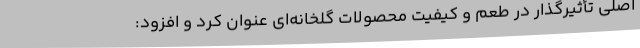
اصلی تأثیرگذار در طعم و کیفیت محصولات گلخانه‌ای عنوان کرد و افزود: